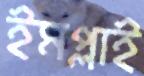
ইমপ্লাই